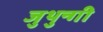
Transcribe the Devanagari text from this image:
जुथुन्गी